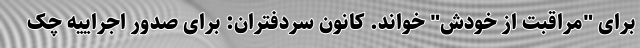
برای "مراقبت از خودش" خواند. کانون سردفتران: برای صدور اجراییه چک